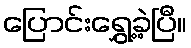
ပြောင်းရွှေ့ခဲ့ပြီ။